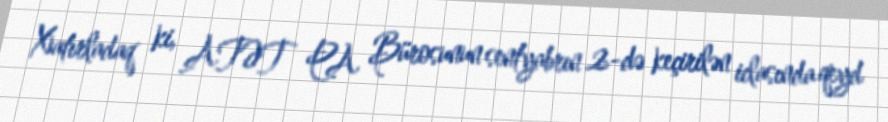
Xatırladaq ki, ATƏT PA Bürosunun sentyabrın 2-də keçirilən iclasında qeyd